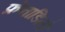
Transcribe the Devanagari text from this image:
फ्रेनाडिलो